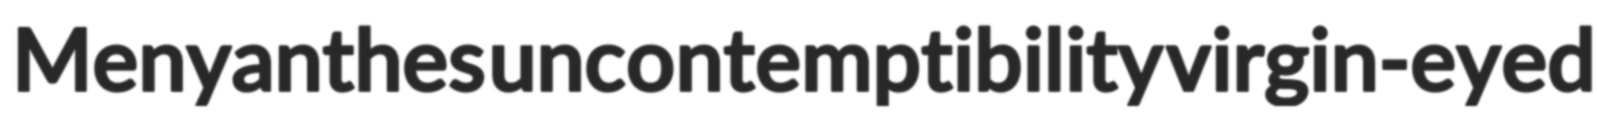
Menyanthes uncontemptibility virgin-eyed